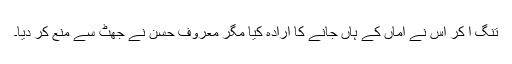
تنگ آ کر اس نے اماں کے ہاں جانے کا ارادہ کیا مگر معروف حسن نے جھٹ سے منع کر دیا۔